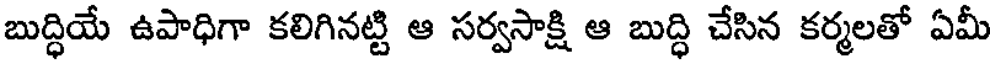
బుద్ధియే ఉపాధిగా కలిగినట్టి ఆ సర్వసాక్షి ఆ బుద్ధి చేసిన కర్మలతో ఏమీ